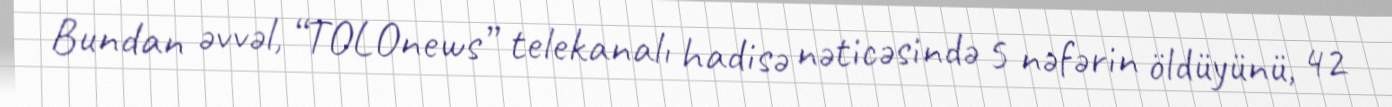
Bundan əvvəl, “TOLOnews” telekanalı hadisə nəticəsində 5 nəfərin öldüyünü, 42